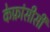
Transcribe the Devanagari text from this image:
केफ्रांसीसी